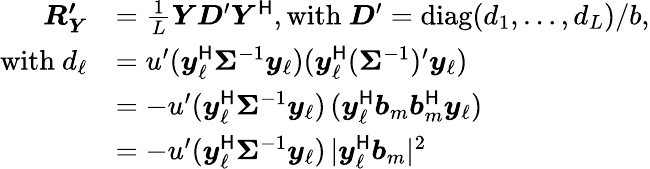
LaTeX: \begin{array}{rl}{\boldsymbol{R_{Y}^{\prime}}}&{=\frac{1}{L}\boldsymbol{Y}\boldsymbol{D}^{\prime}\boldsymbol{Y}^{\sf H},\mathrm{with~}\boldsymbol{D}^{\prime}=\mathop{\mathrm{diag}}(d_{1},\ldots,d_{L})/b,}\\ {\mathrm{with~}d_{\ell}}&{=u^{\prime}(\boldsymbol{y}_{\ell}^{\sf H}\boldsymbol{\Sigma}^{-1}\boldsymbol{y}_{\ell})(\boldsymbol{y}_{\ell}^{\sf H}(\boldsymbol{\Sigma}^{-1})^{\prime}\boldsymbol{y}_{\ell})}\\ &{=-u^{\prime}(\boldsymbol{y}_{\ell}^{\sf H}\boldsymbol{\Sigma}^{-1}\boldsymbol{y}_{\ell})\, (\boldsymbol{y}_{\ell}^{\sf H}\boldsymbol{b}_{m}\boldsymbol{b}_{m}^{\sf H}\boldsymbol{y}_{\ell})}\\ &{=-u^{\prime}(\boldsymbol{y}_{\ell}^{\sf H}\boldsymbol{\Sigma}^{-1}\boldsymbol{y}_{\ell})\, |\boldsymbol{y}_{\ell}^{\sf H}\boldsymbol{b}_{m}|^{2}}\end{array}